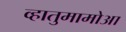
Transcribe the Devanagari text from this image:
व्हातुमामोआ